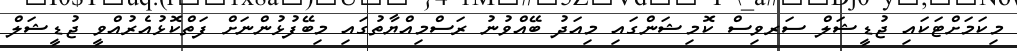
މިކަމަށްޓަކައި ޖުޑީޝަލް ސަރވިސް ކޮމިޝަންގައި މިއަދު ބޭއްވުނު ރަސްމިއްޔާތުގައި މިބޭފުޅުންނަށް ފަތްކޮޅުއެރުއްވީ ޖުޑީޝަލް